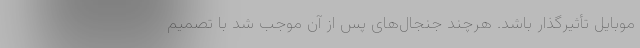
موبایل تأثیر‌گذار باشد. هر‌چند جنجال‌های پس از آن موجب شد با تصمیم